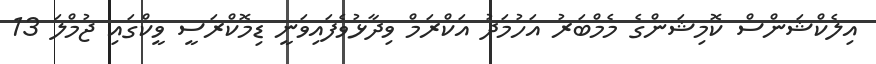
އިލެކްޝަންސް ކޮމިޝަންގެ މެމްބަރު އަހުމަދު އަކްރަމް ވިދާޅުވެފައިވަނީ ޑިމޮކްރަސީ ވީކްގައި ޖުމްލަ 13